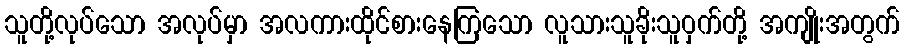
သူတို့လုပ်သော အလုပ်မှာ အလကားထိုင်စားနေကြသော လူသားသူခိုးသူဝှက်တို့ အကျိုးအတွက်